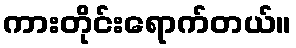
ကားတိုင်းရောက်တယ်။